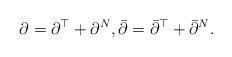
LaTeX: \begin{align*} \partial=\partial^\top+\partial^N,\bar{\partial}=\bar{\partial}^\top+\bar{\partial}^N. \end{align*}